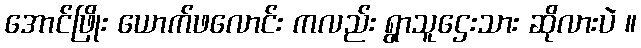
အောင်ဖြိုး ယောက်ဖလောင်း ကလည်း ရွာသူဌေးသား ဆိုလားပဲ ။